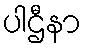
ပါဌီနာ